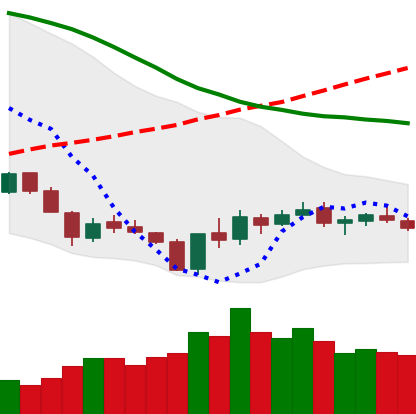
Ticker: XLM-USD
Chart end date: 2018-06-08
Forward return: -23.014%
Label: down_7plus